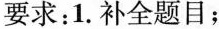
要求：1.补全题目；